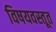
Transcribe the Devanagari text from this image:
विषयवस्तूत